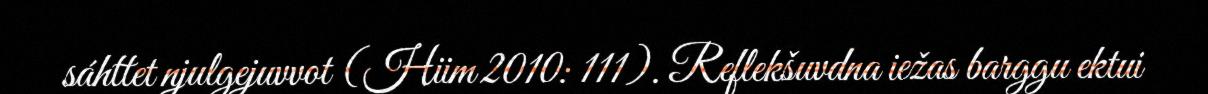
sáhttet njulgejuvvot (Hiim 2010: 111). Reflekšuvdna iežas barggu ektui